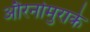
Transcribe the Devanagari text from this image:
औरनोमुराके